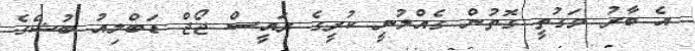
އެ ބާރު ވަގުތީ ގޮތުން ގެއްލުނީ ކުރީގެ ރައީސް ޖޯޖް ޑަބްލިއު ބުޝްގެ